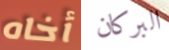
أخاه البركان